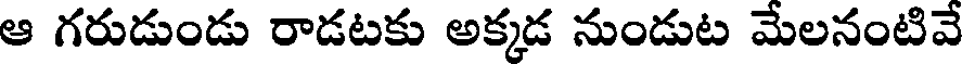
ఆ గరుడుండు రాడటకు అక్కడ నుండుట మేలనంటివే